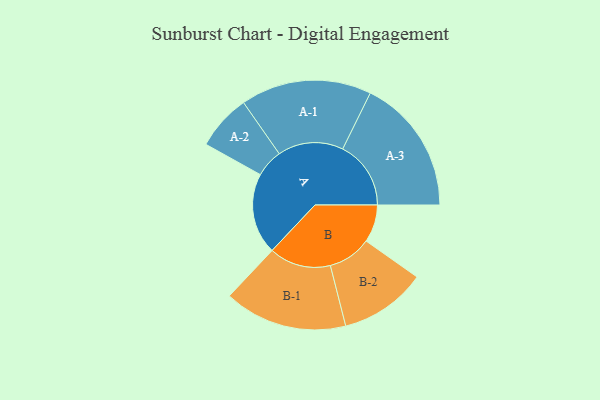
{"axis": {"x": "Segment", "y": "Value"}, "legend": ["", "A", "B"], "data": [{"x": "A", "y": 297, "type": ""}, {"x": "B", "y": 138, "type": ""}, {"x": "A-1", "y": 240, "type": "A"}, {"x": "A-2", "y": 102, "type": "A"}, {"x": "A-3", "y": 250, "type": "A"}, {"x": "B-1", "y": 226, "type": "B"}, {"x": "B-2", "y": 159, "type": "B"}]}